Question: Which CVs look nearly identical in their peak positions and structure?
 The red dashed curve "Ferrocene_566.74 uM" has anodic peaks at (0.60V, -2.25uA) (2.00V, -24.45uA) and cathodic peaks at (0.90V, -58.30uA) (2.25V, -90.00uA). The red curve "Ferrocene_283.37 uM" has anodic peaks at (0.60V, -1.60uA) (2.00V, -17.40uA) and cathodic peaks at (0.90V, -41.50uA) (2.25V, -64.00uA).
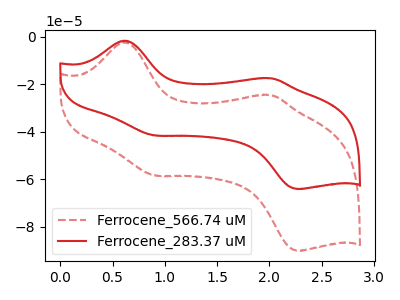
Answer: <think>All the peaks in "Ferrocene_566.74 uM" have a peak in "Ferrocene_283.37 uM" at the same potential.
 </think>
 <answer>"Ferrocene_566.74 uM" and "Ferrocene_283.37 uM" have the same shape and are likely CV's of the same chemical.</answer>
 <eval>"Ferrocene_566.74 uM" "Ferrocene_283.37 uM"</eval>